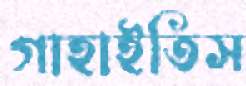
গাহাইতিস